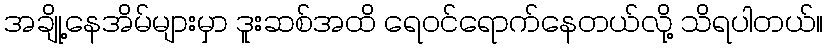
အချို့နေအိမ်များမှာ ဒူးဆစ်အထိ ရေဝင်ရောက်နေတယ်လို့ သိရပါတယ်။